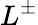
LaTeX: L^{\pm}